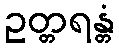
ဥတ္တရန္တံ